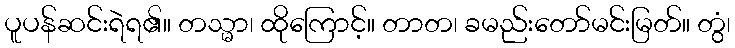
ပူပန်ဆင်းရဲရ၏။ တသ္မာ၊ ထိုကြောင့်။ တာတ၊ ခမည်းတော်မင်းမြတ်။ တွံ၊